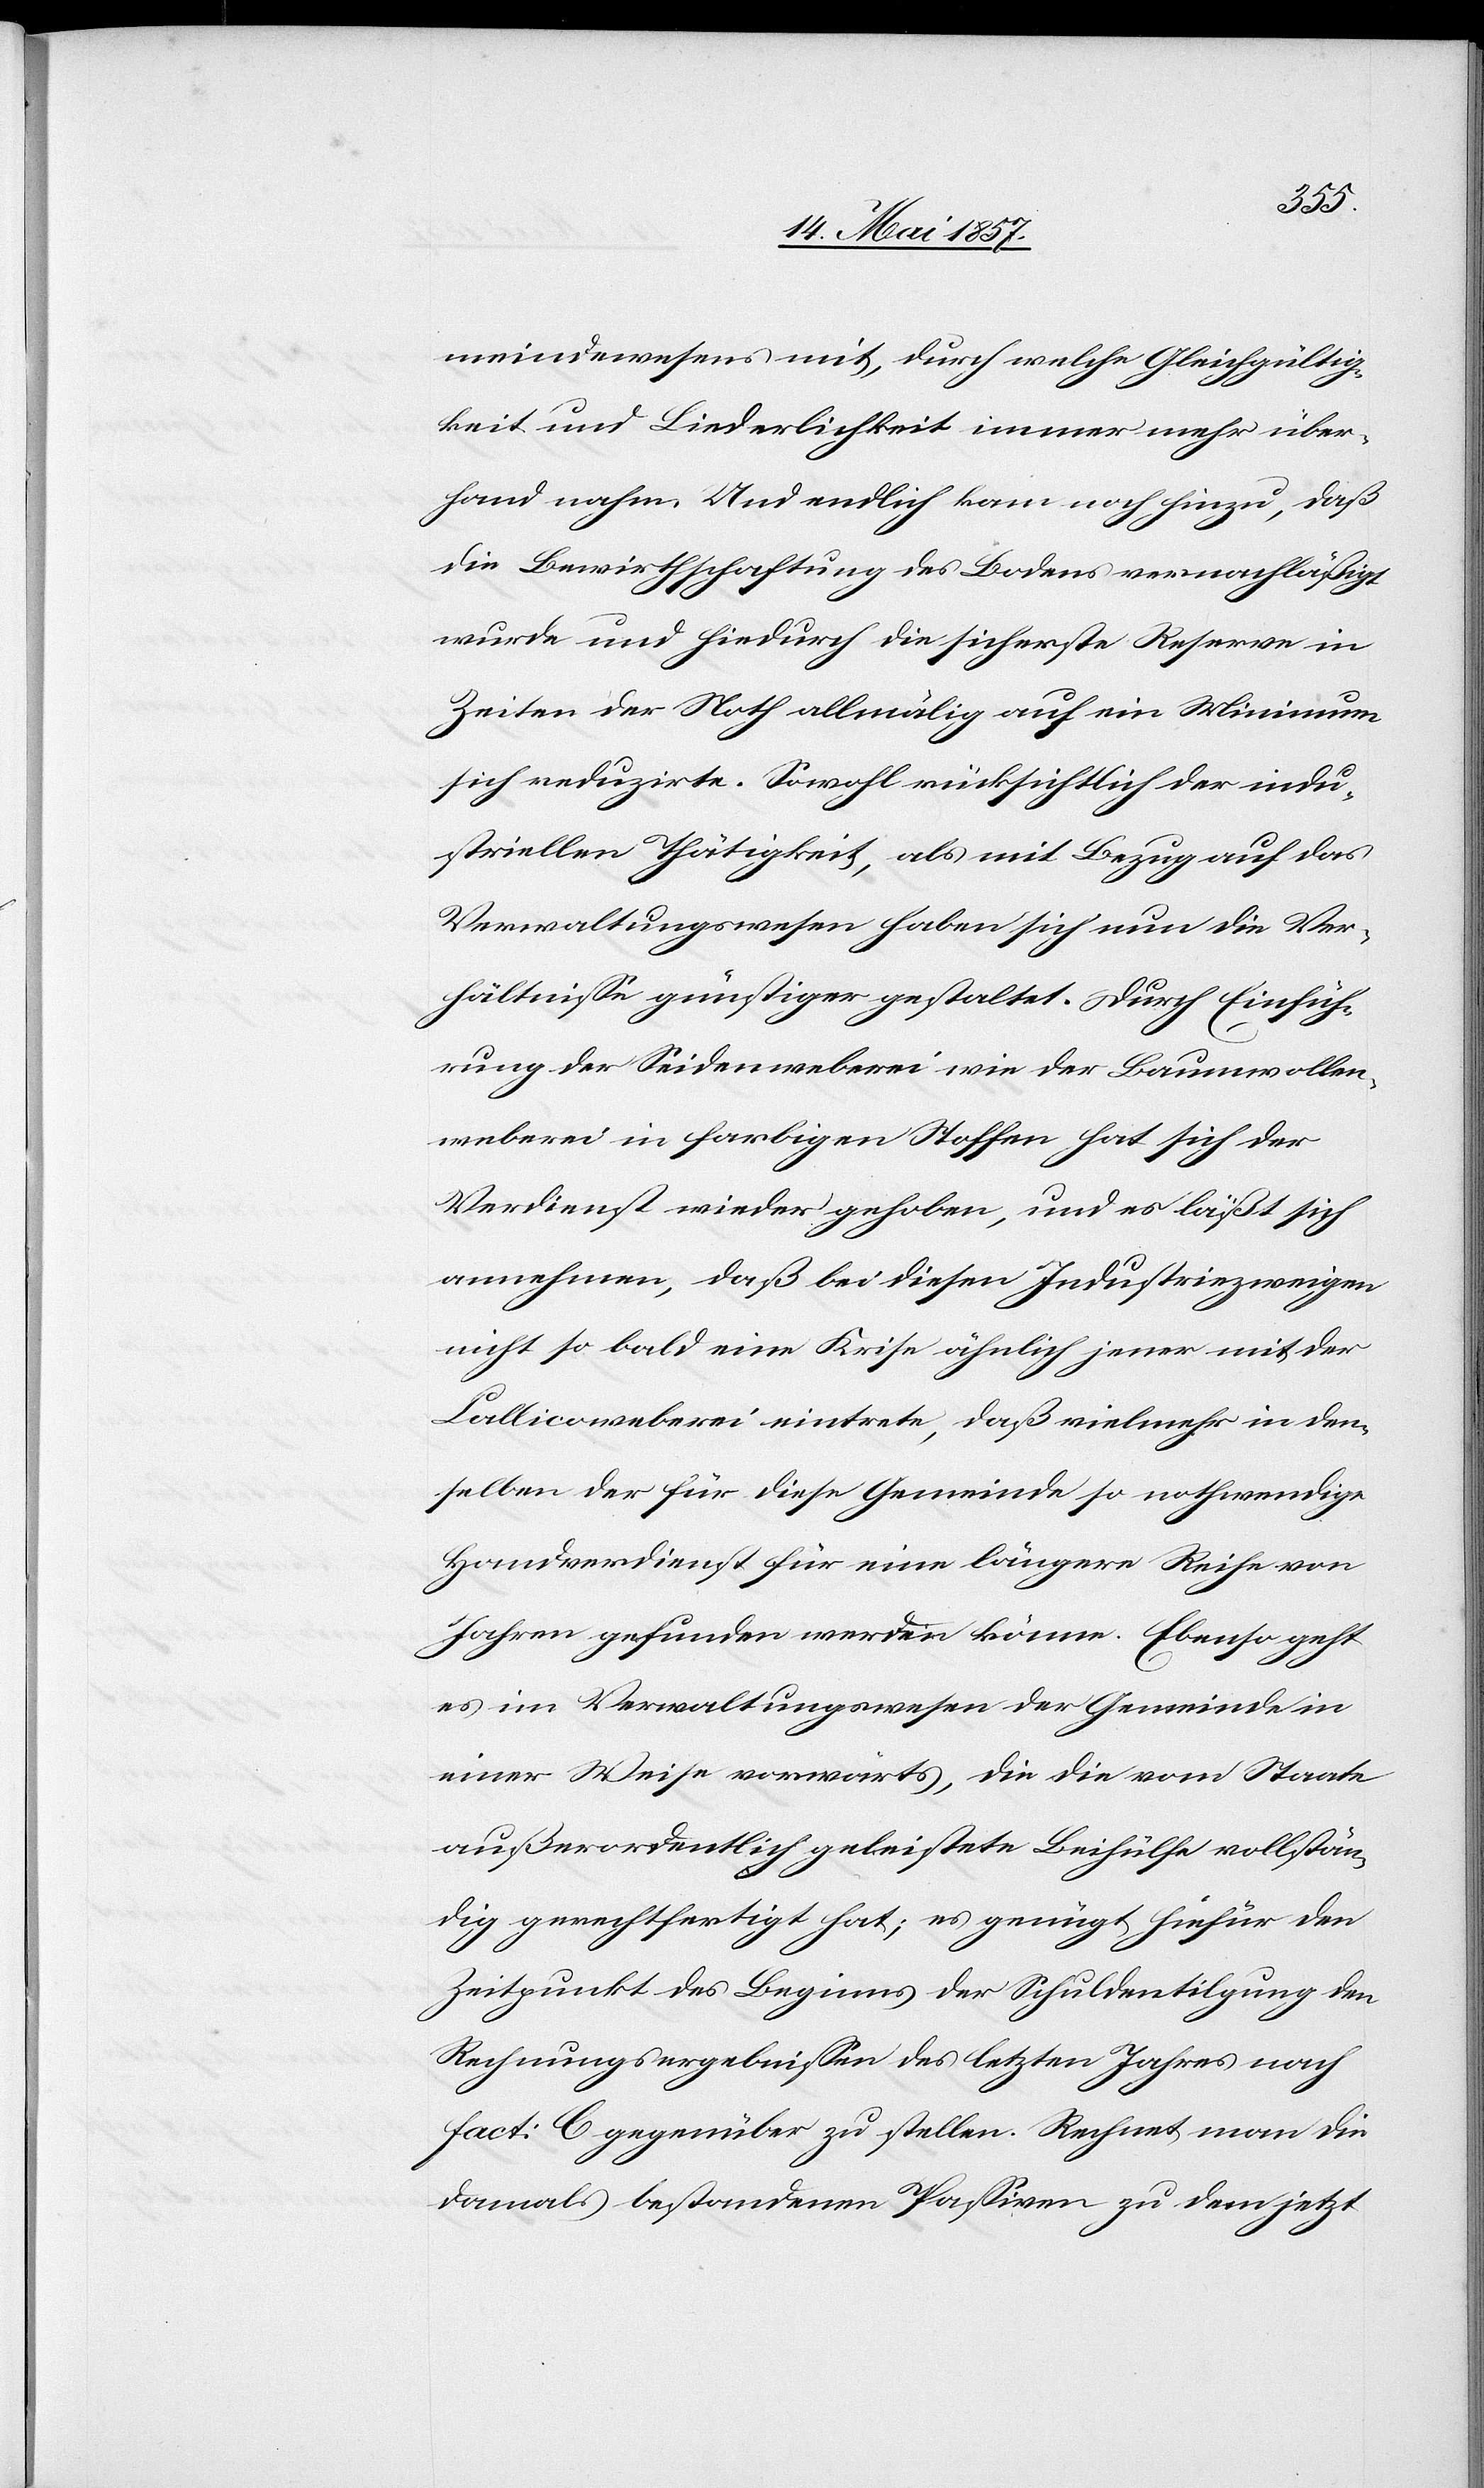
meindewesens mit, durch welche Gleichgültig¬
keit und Liederlichkeit immer mehr über¬
hand nahm. Und endlich kam noch hinzu, daß
die Bewirthschaftung des Bodens vernachläßigt
wurde und hiedurch die sicherste Reserve in
Zeiten der Noth allmälig auf ein Minimum
sich reduzirte. Sowohl rücksichtlich der indu¬
striellen Thätigkeit, als mit Bezug auf das
Verwaltungswesen haben sich nun die Ver¬
hältnisse günstiger gestaltet. Durch Einfüh¬
rung der Seidenweberei wie der Baumwollen¬
weberei in farbigen Stoffen hat sich der
Verdienst wieder gehoben, und es läßt sich
annehmen, daß bei diesen Industriezweigen
nicht so bald eine Krise ähnlich jener mit der
Callicoweberei eintrete, daß vielmehr in den¬
selben der für diese Gemeinde so nothwendige
Handverdienst für eine längere Reihe von
Jahren gefunden werden könne. Ebenso geht
es im Verwaltungswesen der Gemeinde in
einer Weise vorwärts, die die vom Staate
außerordentlich geleistete Beihülfe vollstän¬
dig gerechtfertigt hat; es genügt hiefür den
Zeitpunkt des Beginns der Schuldentilgung den
Rechnungsergebnissen des letzten Jahres nach
fact: C gegenüber zu stellen. Rechnet man die
damals bestandenen Passiven zu dem jetzt